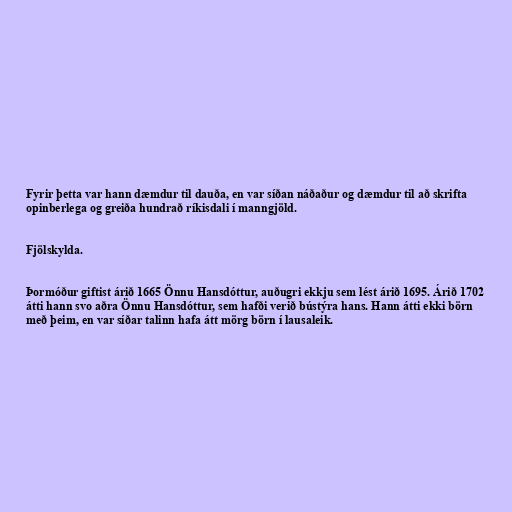
Fyrir þetta var hann dæmdur til dauða, en var síðan náðaður og dæmdur til að skrifta
opinberlega og greiða hundrað ríkisdali í manngjöld.

Fjölskylda.

Þormóður giftist árið 1665 Önnu Hansdóttur, auðugri ekkju sem lést árið 1695. Árið 1702
átti hann svo aðra Önnu Hansdóttur, sem hafði verið bústýra hans. Hann átti ekki börn
með þeim, en var síðar talinn hafa átt mörg börn í lausaleik.